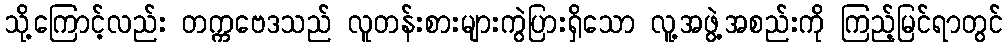
သို့ကြောင့်လည်း တက္ကဗေဒသည် လူတန်းစားများကွဲပြားရှိသော လူ့အဖွဲ့အစည်းကို ကြည့်မြင်ရာတွင်